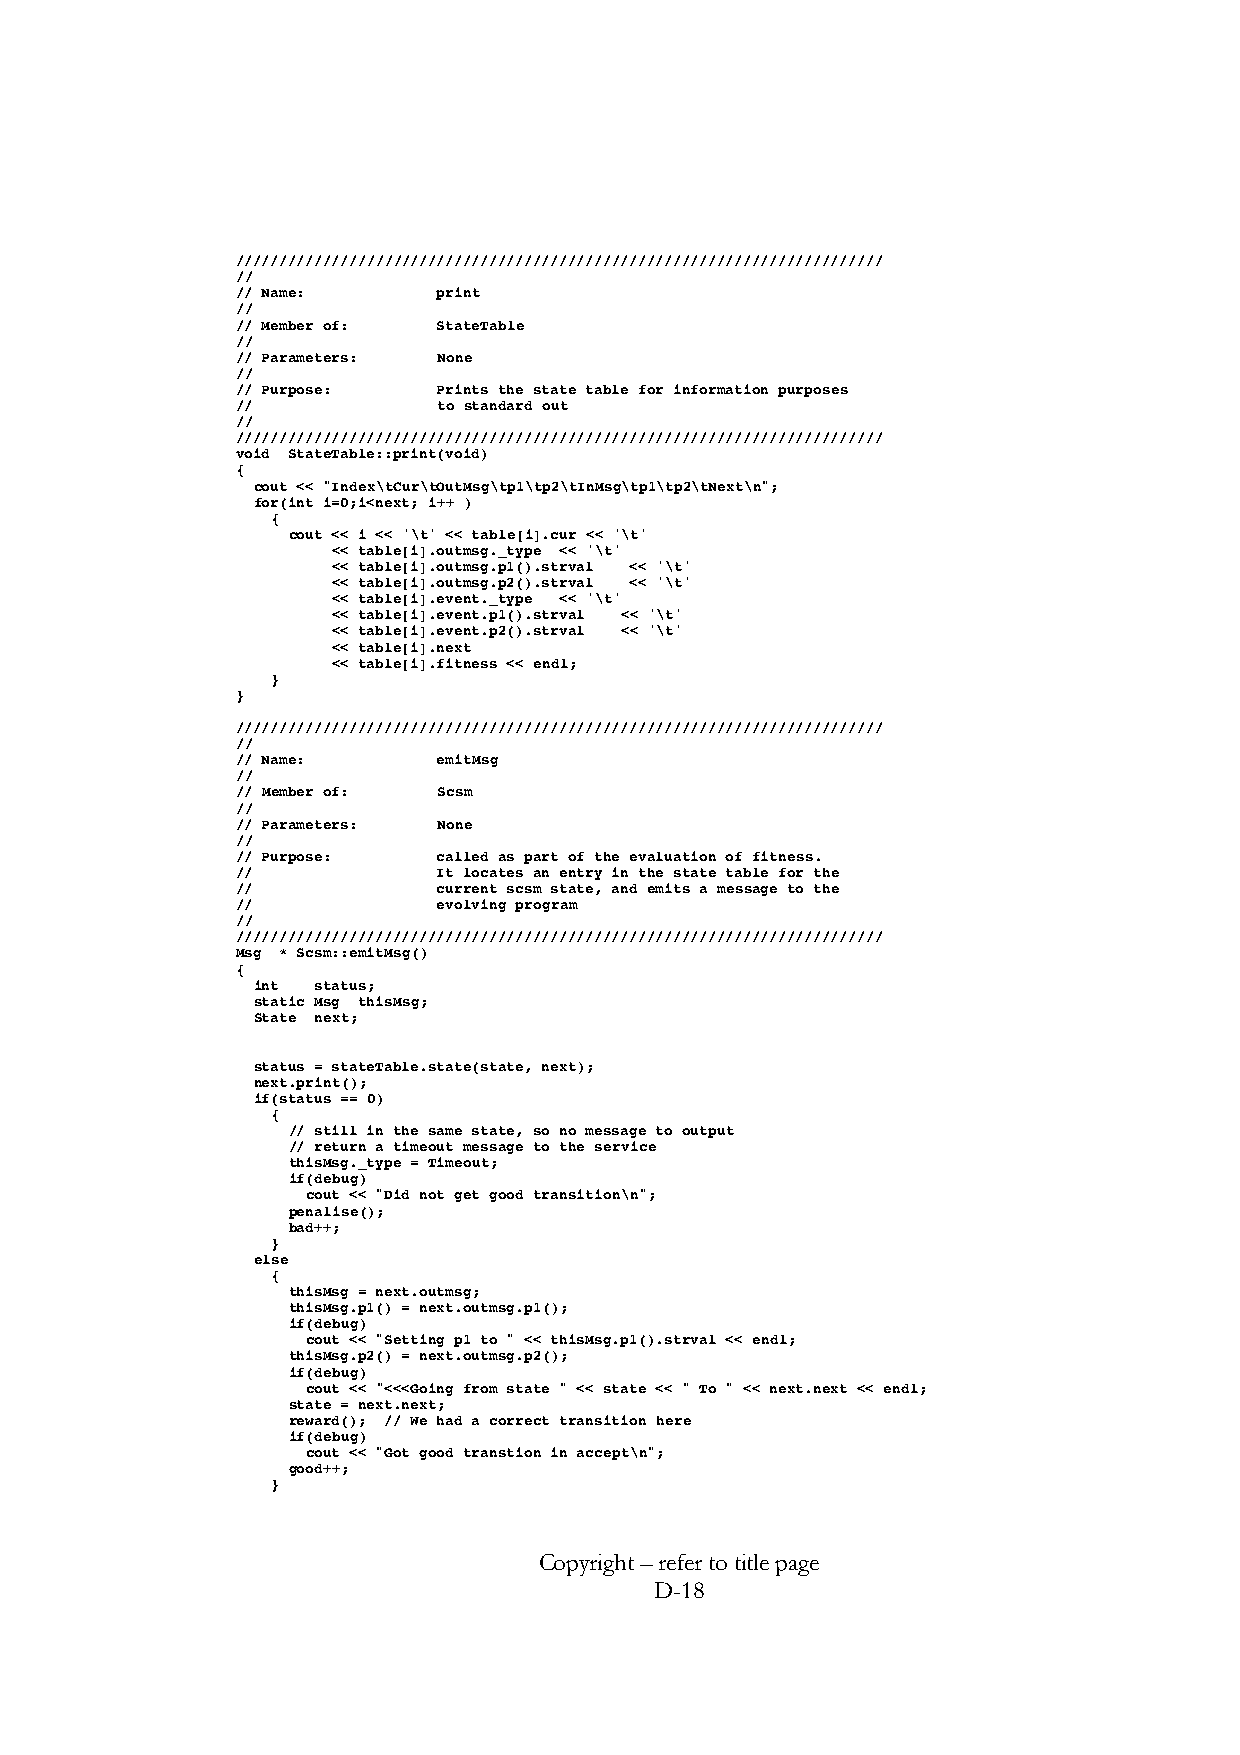
//////////////////////////////////////////////////////////////////////////
 //
 // Name:     print
 //
 // Member of: StateTable
 //
 // Parameters: None
 //
 // Purpose:  Prints the state table for information purposes
 //           to standard out
 //
 //////////////////////////////////////////////////////////////////////////
 void StateTable::print(void)
 {
 cout << "Index\tCur\tOutMsg\tp1\tp2\tInMsg\tp1\tp2\tNext\n";
 for(int i=0;i<next; i++ )
 {
 cout << i << '\t' << table[i].cur << '\t'
 << table[i].outmsg._type << '\t'
 << table[i].outmsg.p1().strval << '\t'
 << table[i].outmsg.p2().strval << '\t'
 << table[i].event._type << '\t'
 << table[i].event.p1().strval << '\t'
 << table[i].event.p2().strval << '\t'
 << table[i].next
 << table[i].fitness << endl;
 }
 }
 //////////////////////////////////////////////////////////////////////////
 //
 // Name:     emitMsg
 //
 // Member of: Scsm
 //
 // Parameters: None
 //
 // Purpose:  called as part of the evaluation of fitness.
 //           It locates an entry in the state table for the
 //           current scsm state, and emits a message to the
 //           evolving program
 //
 //////////////////////////////////////////////////////////////////////////
 Msg * Scsm::emitMsg()
 {
 int status;
 static Msg thisMsg;
 State next;
 status = stateTable.state(state, next);
 next.print();
 if(status == 0)
 {
 // still in the same state, so no message to output
 // return a timeout message to the service
 thisMsg._type = Timeout;
 if(debug)
 cout << "Did not get good transition\n";
 penalise();
 bad++;
 }
 else
 {
 thisMsg = next.outmsg;
 thisMsg.p1() = next.outmsg.p1();
 if(debug)
 cout << "Setting p1 to " << thisMsg.p1().strval << endl;
 thisMsg.p2() = next.outmsg.p2();
 if(debug)
 cout << "<<<Going from state " << state << " To " << next.next << endl;
 state = next.next;
 reward(); // We had a correct transition here
 if(debug)
 cout << "Got good transtion in accept\n";
 good++;
 }
 Copyright – refer to title page
 D-18